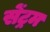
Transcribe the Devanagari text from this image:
सेंट्रम